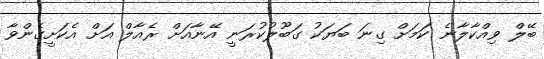
ބޭލް ވިއްކާލާނެ ކަމަށް ގިނަ ބަޔަކު ގަބޫލުކުރަނީ އޭނާއަށް ރެއާލް އަށް އެކަށީގެންވާ